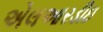
એલઆરડીઇ